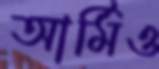
আর্মিও